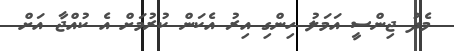
މެދު ޖިންސީ އަމަލު ހިންގި އިރު އެކަން ކުރުމަށް އެ ކުއްޖާ އަށް